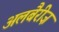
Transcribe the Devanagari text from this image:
अलबैरीज़